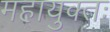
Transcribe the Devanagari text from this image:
महायुक्तः